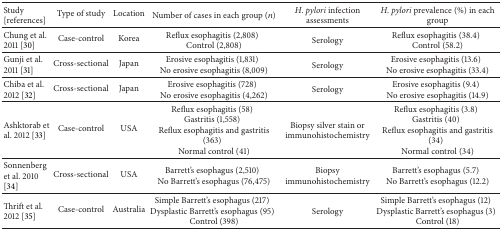
<table><thead><tr><td><b>Study [references]</b></td><td><b>Type of study</b></td><td><b>Location</b></td><td><b>Number of cases in each group (<i>n</i>)</b></td><td><b><i>H</i>. <i>pylori</i> infection assessments</b></td><td><b><i>H</i>. <i>pylori</i> prevalence (%) in each group</b></td></tr></thead><tbody><tr><td>Chung et al. 2011 [30]</td><td>Case-control</td><td>Korea</td><td>Reflux esophagitis (2,808)Control (2,808)</td><td>Serology</td><td>Reflux esophagitis (38.4)Control (58.2)</td></tr><tr><td>Gunji et al. 2011 [31]</td><td>Cross-sectional</td><td>Japan</td><td>Erosive esophagitis (1,831)No erosive esophagitis (8,009)</td><td>Serology</td><td>Erosive esophagitis (13.6)No erosive esophagitis (33.4)</td></tr><tr><td>Chiba et al. 2012 [32]</td><td>Cross-sectional</td><td>Japan</td><td>Erosive esophagitis (728)No erosive esophagitis (4,262)</td><td>Serology</td><td>Erosive esophagitis (9.4)No erosive esophagitis (14.9)</td></tr><tr><td>Ashktorab et al. 2012 [33]</td><td>Case-control</td><td>USA</td><td>Reflux esophagitis (58)Gastritis (1,558)Reflux esophagitis and gastritis (363)Normal control (41)</td><td>Biopsy silver stain or immunohistochemistry</td><td>Reflux esophagitis (3.8)Gastritis (40)Reflux esophagitis and gastritis (34)Normal control (34)</td></tr><tr><td>Sonnenberg et al. 2010 [34]</td><td>Cross-sectional</td><td>USA</td><td>Barrett&#x27;s esophagus (2,510)No Barrett&#x27;s esophagus (76,475)</td><td>Biopsy immunohistochemistry</td><td>Barrett&#x27;s esophagus (5.7)No Barrett&#x27;s esophagus (12.2)</td></tr><tr><td>Thrift et al. 2012 [35]</td><td>Case-control</td><td>Australia</td><td>Simple Barrett&#x27;s esophagus (217)Dysplastic Barrett&#x27;s esophagus (95)Control (398)</td><td>Serology</td><td>Simple Barrett&#x27;s esophagus (12)Dysplastic Barrett&#x27;s esophagus (3)Control (18)</td></tr></tbody></table>